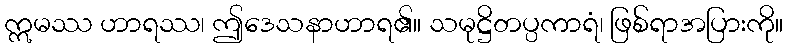
ဣမဿ ဟာရဿ၊ ဤဒေသနာဟာရ၏။ သမုဋ္ဌိတပ္ပကာရံ၊ ဖြစ်ရာအပြားကို။